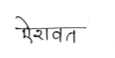
मजकूर: ऐरावत